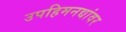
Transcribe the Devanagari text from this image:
उपहिमनद्यांवर